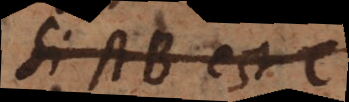
Si A est B